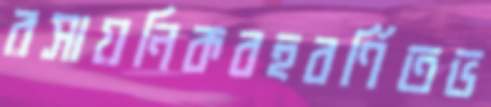
রসায়নিকবহুবর্ণিতভ